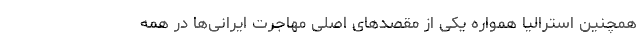
همچنین استرالیا همواره یکی از مقصدهای اصلی مهاجرت ایرانی‌ها در همه